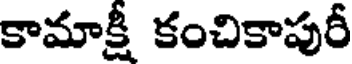
కామాక్షీ కంచికాపురీ